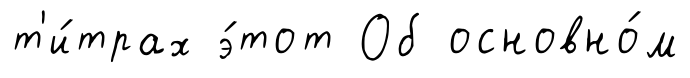
т'и́трах э́тот Об основно́м